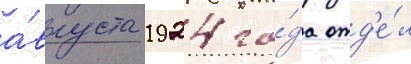
а́вгуста 1924 го́да отд'е́л